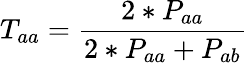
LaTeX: T_{aa}=\frac{2*P_{aa}}{2*P_{aa}+P_{ab}}